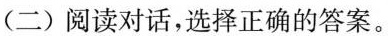
(二)阅读对话,选择正确的答案。